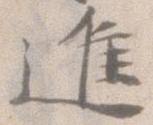
進